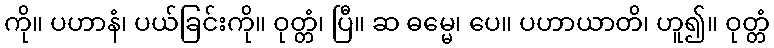
ကို။ ပဟာနံ၊ ပယ်ခြင်းကို။ ဝုတ္တံ၊ ပြီ။ ဆ ဓမ္မေ၊ ပေ။ ပဟာယာတိ၊ ဟူ၍။ ဝုတ္တံ